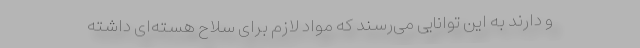
و دارند به این توانایی می‌رسند که مواد لازم برای سلاح هسته‌ای داشته